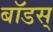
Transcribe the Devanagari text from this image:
बॉडस्